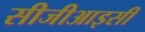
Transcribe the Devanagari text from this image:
सीजीआइसी